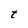
Character: t